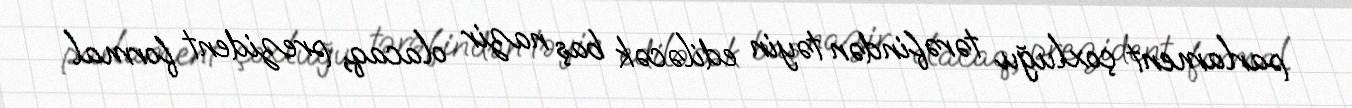
parlament çoxluğu tərəfindən təyin ediləcək baş nazir olacaq, prezident formal